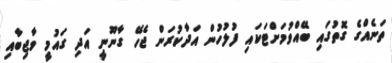
ތަނެއްގެ ގޮތުގައި ބޭއްވުމަށްޓަކައި ފުލުހުން އަދާކުރަން ޖެހޭ ގާނޫނީ އަދި ގައުމީ ވާޖިބާއި